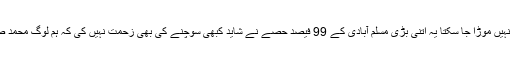
مگر اس حقیقت سے بھی منہ نہیں موڑا جا سکتا یہ اتنی بڑی مسلم آبادی کے 99 فیصد حصے نے شاید کبھی سوچنے کی بھی زحمت نہیں کی کہ ہم لوگ محمد صلعم کو نبی کیوں مانتے ہیں؟